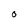
Character: 0